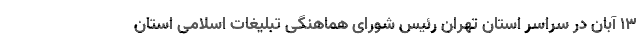
۱۳ آبان در سراسر استان تهران رئیس شورای هماهنگی تبلیغات اسلامی استان